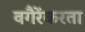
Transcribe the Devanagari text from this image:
वगैरेंकरता